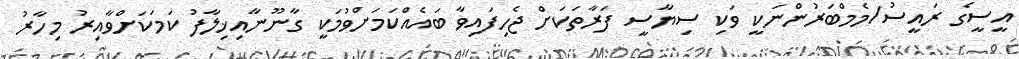
އީސީގެ ރައީސު/މެމްބަރުންނަކީ ވަކި ސިޔާސީ ފަރާތަކަށް ޖެހިފައިވާ ބައެއްކަމަށްވުމަކީ ގާނޫނާއިޚިލާފު ކަމަކަށްވާއިރު މިހާރު